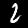
Digit: 2